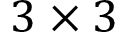
3 \times 3